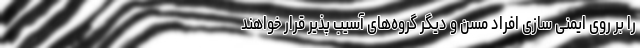
را بر روی ایمنی سازی افراد مسن و دیگر گروه‌های آسیب پذیر قرار خواهند